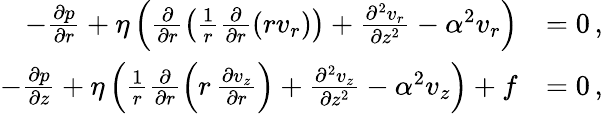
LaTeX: \begin{array}{rl}{-\frac{\partial p}{\partial r}+\eta\left(\frac{\partial}{\partial r}\left(\frac{1}{r}\frac{\partial}{\partial r}\left(rv_{r}\right)\right)+\frac{\partial^{2}v_{r}}{\partial z^{2}}-\alpha^{2}v_{r}\right)}&{=0\, ,}\\ {-\frac{\partial p}{\partial z}+\eta\left(\frac{1}{r}\frac{\partial}{\partial r}\left(r\, \frac{\partial v_{z}}{\partial r}\right)+\frac{\partial^{2}v_{z}}{\partial z^{2}}-\alpha^{2}v_{z}\right)+f}&{=0\, ,}\end{array}